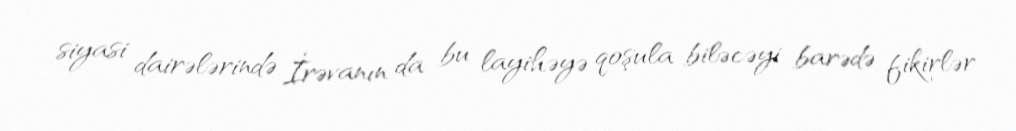
siyasi dairələrində İrəvanın da bu layihəyə qoşula biləcəyi barədə fikirlər